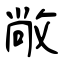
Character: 敞